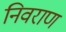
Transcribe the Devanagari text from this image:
निवराण